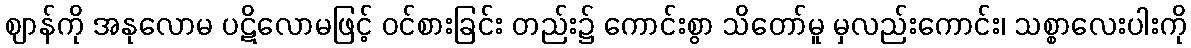
ဈာန်ကို အနုလောမ ပဋိလောမဖြင့် ဝင်စားခြင်း တည်း၌ ကောင်းစွာ သိတော်မူ မှလည်းကောင်း၊ သစ္စာလေးပါးကို